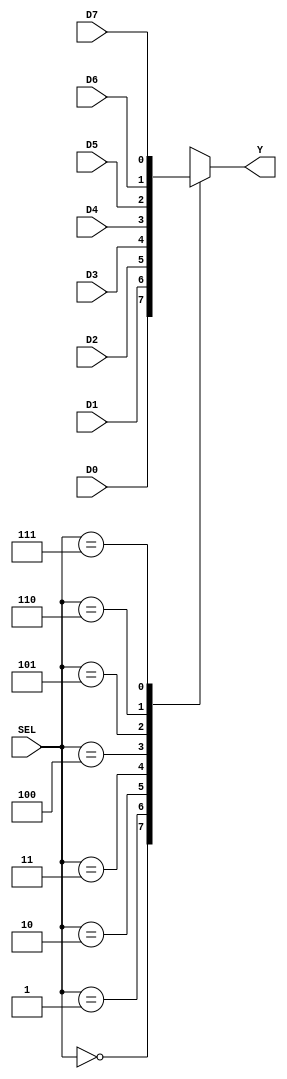
module Mux_8a1(
    input [2:0] SEL,
    input D0, D1, D2, D3, D4, D5, D6, D7,
    output reg Y     
);
    
    always @*
        case(SEL)
            3'b000: Y = D0;
            3'b001: Y = D1;
            3'b010: Y = D2;
            3'b011: Y = D3;
            3'b100: Y = D4;
            3'b101: Y = D5;
            3'b110: Y = D6;
            3'b111: Y = D7;
        endcase 
        
endmodule